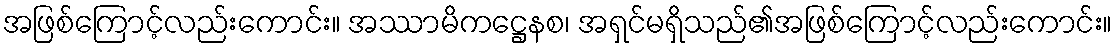
အဖြစ်ကြောင့်လည်းကောင်း။ အဿာမိကဋ္ဌေနစ၊ အရှင်မရှိသည်၏အဖြစ်ကြောင့်လည်းကောင်း။